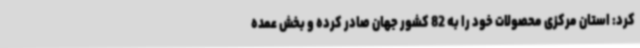
کرد: استان مرکزی محصولات خود را به 82 کشور جهان صادر کرده و بخش عمده